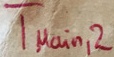
Text: TMain,2